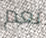
نعم